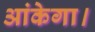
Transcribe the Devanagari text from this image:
आंकेगा।